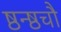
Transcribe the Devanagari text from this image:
ष्ठन्ष्ठचौ